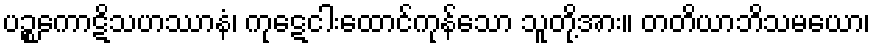
ပဉ္စကောဋိသဟဿာနံ၊ ကုဋေငါးထောင်ကုန်သော သူတို့အား။ တတိယာဘိသမယော၊